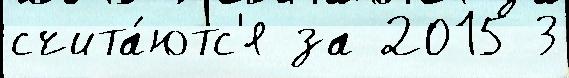
счита́ютс'я за 2015 3